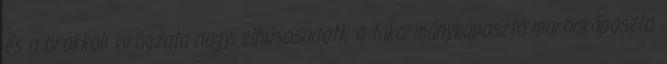
és a brokkoli virágzata nagy, elhúsosodott; a takarmánykáposzta marhakáposzta,